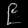
Digit: ၉